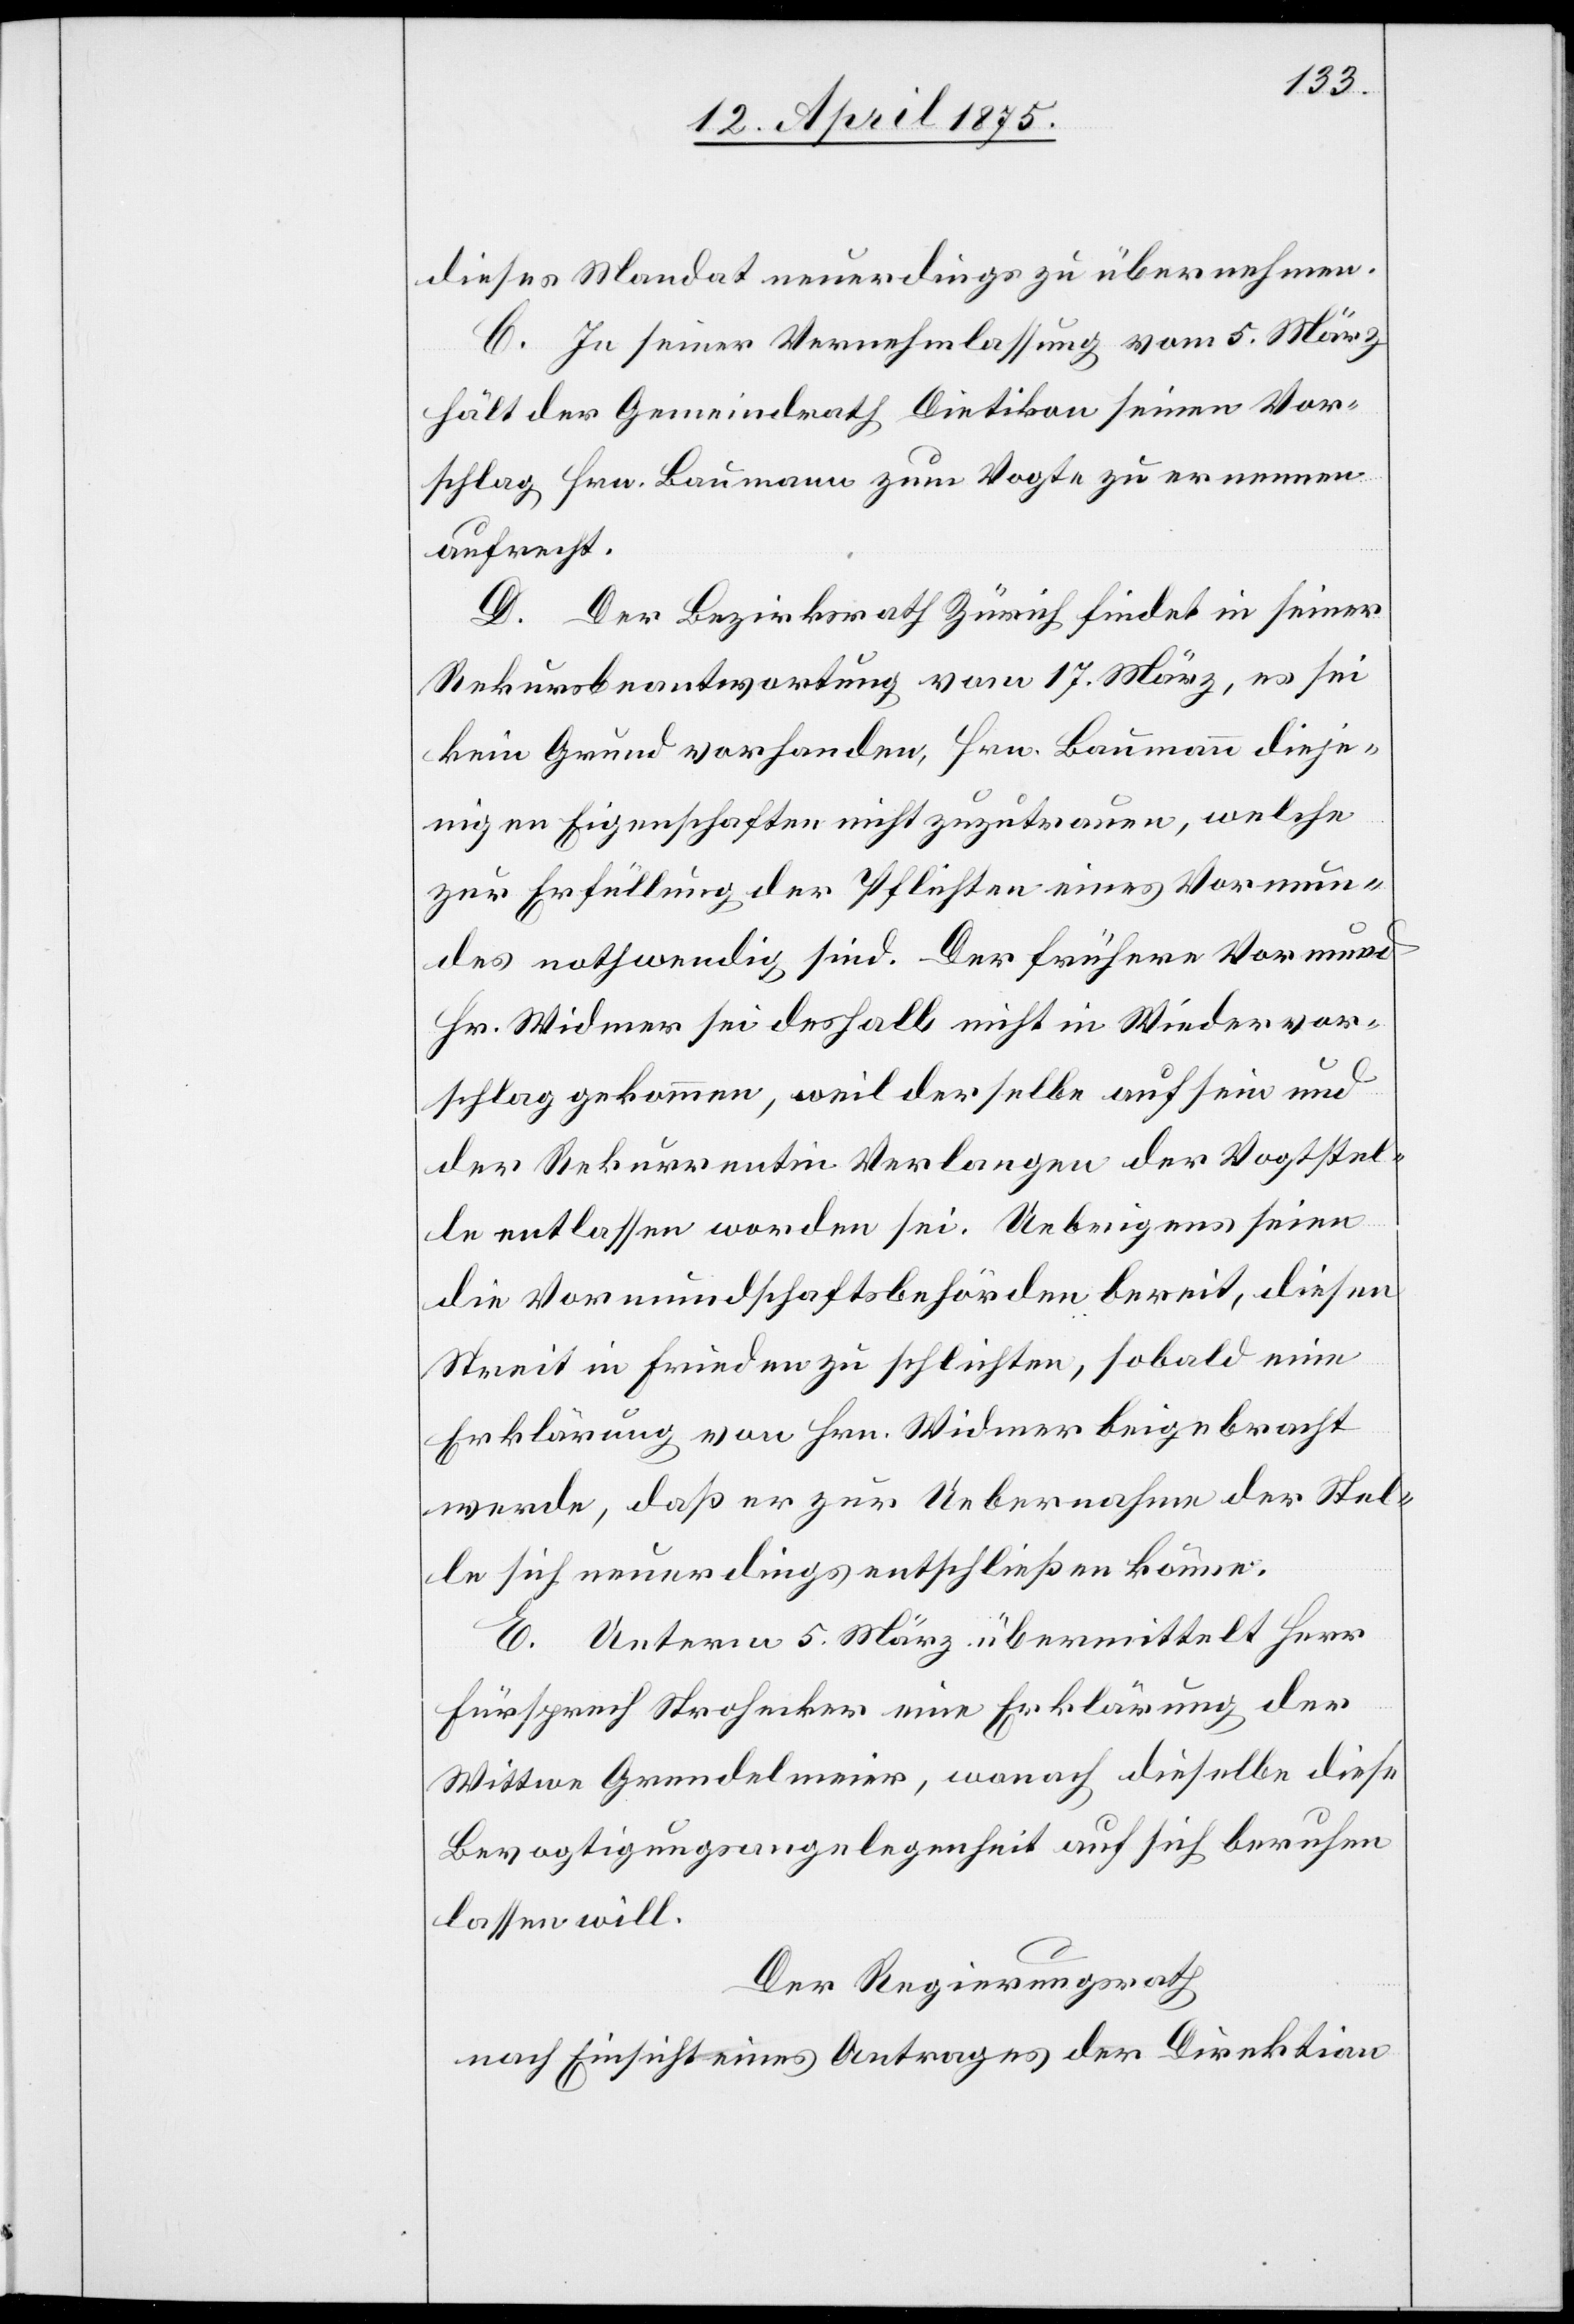
dieses Mandat neuerdings zu übernehmen.
C. In seiner Vernehmlassung vom 5. März
hält der Gemeindrath Dietikon seinen Vor¬
schlag Hrn. Baumann zum Vogte zu ernennen
aufrecht.
D. Der Bezirksrath Zürich findet in seiner
Rekursbeantwortung vom 17. März, es sei
kein Grund vorhanden, Hrn. Baumann dieje¬
nigen Eigenschaften nicht zuzutrauen, welche
zur Erfüllung der Pflichten eines Vormun¬
des nothwendig sind. Der frühere Vormund
Hr. Widmer sei deshalb nicht in Wiedervor¬
schlag gekommen, weil derselbe auf sein und
der Rekurrentin Verlangen der Vogtstel¬
lung entlassen worden sei. Uebrigens seien
die Vormundschaftsbehörden bereit, diesen
Streit in Frieden zu schlichten, sobald eine
Erklärung von Hrn. Widmer beigebracht
werde, daß er zur Uebernahme der Stel¬
le sich neuerdings entschließen könne.
E. Unterm 5. März übermittelt Herr
Fürsprech Strohecker eine Erklärung der
Wittwe Grendelmeier, wonach dieselbe diese
Bevogtigungsangelegenheit auf sich beruhen
lassen will.
Der Regierungsrath,
nach Einsicht eines Antrages der Direktion